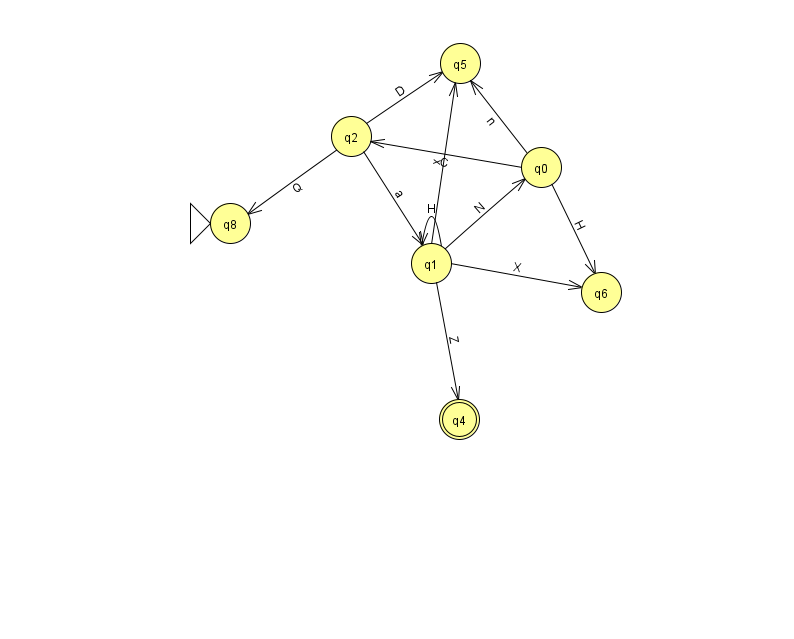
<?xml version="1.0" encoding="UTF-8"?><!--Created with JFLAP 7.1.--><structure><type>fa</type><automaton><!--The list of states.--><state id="0" name="q0"><x>541.0</x><y>154.0</y></state><state id="1" name="q1"><x>431.0</x><y>250.0</y></state><state id="2" name="q2"><x>351.0</x><y>123.0</y></state><state id="4" name="q4"><x>459.0</x><y>406.0</y><final/></state><state id="5" name="q5"><x>460.0</x><y>50.0</y></state><state id="6" name="q6"><x>601.0</x><y>279.0</y></state><state id="8" name="q8"><x>230.0</x><y>210.0</y><initial/></state><!--The list of transitions.--><transition><from>0</from><to>5</to><read>n</read></transition><transition><from>0</from><to>2</to><read>C</read></transition><transition><from>1</from><to>0</to><read>N</read></transition><transition><from>1</from><to>6</to><read>X</read></transition><transition><from>1</from><to>1</to><read>H</read></transition><transition><from>2</from><to>5</to><read>D</read></transition><transition><from>2</from><to>8</to><read>Q</read></transition><transition><from>1</from><to>5</to><read>x</read></transition><transition><from>0</from><to>6</to><read>H</read></transition><transition><from>2</from><to>1</to><read>a</read></transition><transition><from>1</from><to>4</to><read>Z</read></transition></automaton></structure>